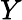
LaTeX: Y